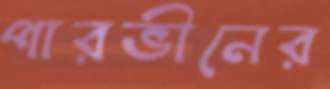
পারভীনের